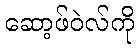
ဆော့ဖ်ဝဲလ်ကို